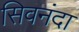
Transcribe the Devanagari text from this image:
सिवनंदा